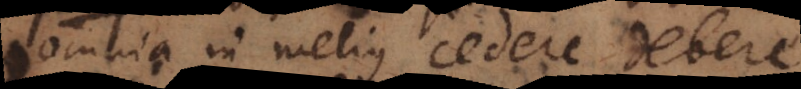
omnia in melius cedere debere.